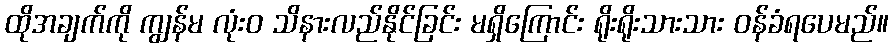
ထိုအချက်ကို ကျွန်မ လုံးဝ သိနားလည်နိုင်ခြင်း မရှိကြောင်း ရိုးရိုးသားသား ဝန်ခံရပေမည်။